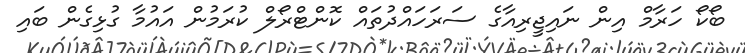
ބޯކޯ ހަރާމް އިން ނައިޖީރިއާގެ ސަރަހައްދުތައް ކޮންޓްރޯލް ކުރަމުން އައުމާ ގުޅިގެން ބައި